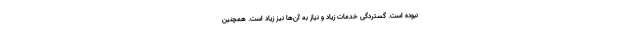
نبوده است. گستردگی خدمات زیاد و نیاز به آن‌ها نیز زیاد است. همچنین